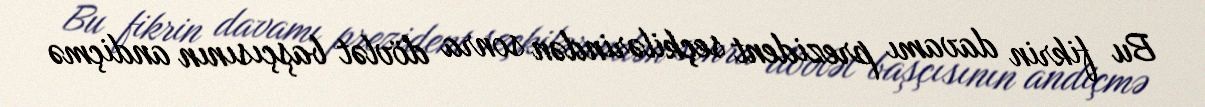
Bu fikrin davamı prezident seçkilərindən sonra dövlət başçısının andiçmə